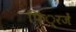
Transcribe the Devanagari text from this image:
फिं्रजें